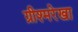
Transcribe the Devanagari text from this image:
ग्रीश्मरेखा